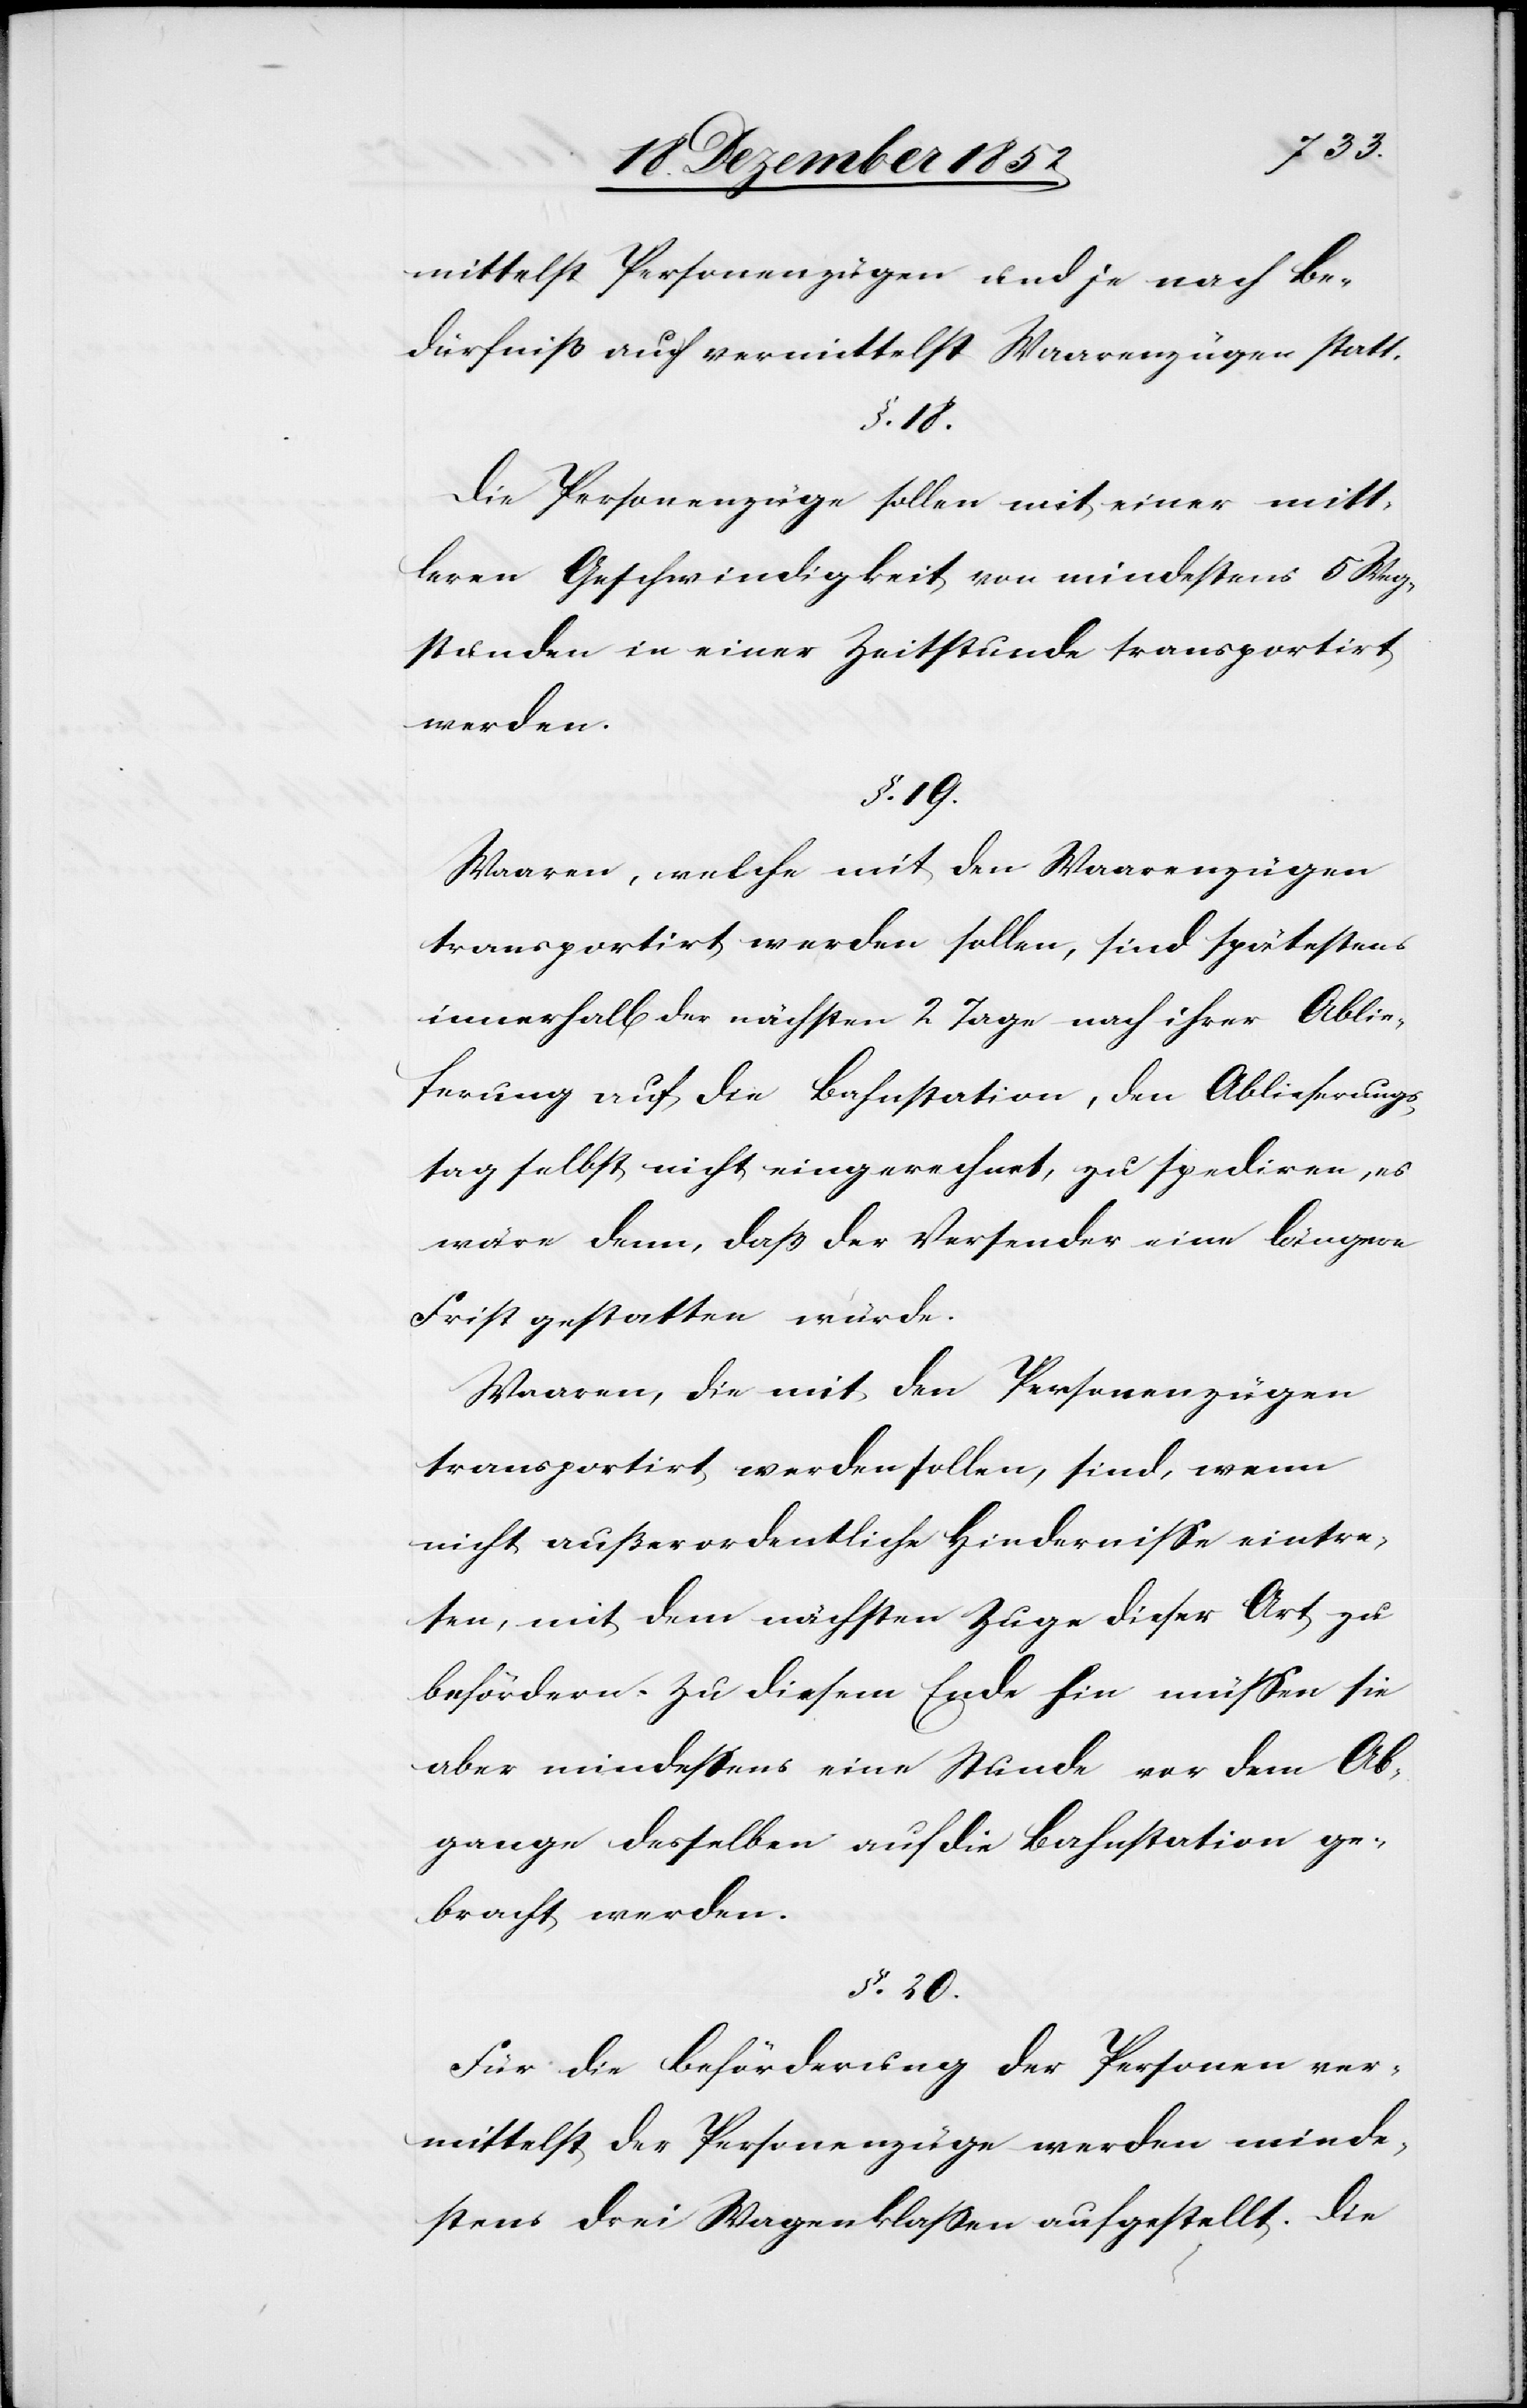
mittelst Personenzügen und je nach Be¬
dürfniß auch vermittelst Waarenzügen statt.
§. 18.
Die Personenzüge sollen mit einer mitt¬
leren Geschwindigkeit von mindestens 5 Weg¬
stunden in einer Zeitstunde transportirt
werden.
§. 19.
Waaren, welche mit den Waarenzügen
transportirt werden sollen, sind spätestens
innerhalb der nächsten 2 Tage nach ihrer Ablie¬
ferung auf die Bahnstation, den Ablieferungs¬
tag selbst nicht eingerechnet, zu spediren, es
wäre denn, daß der Versender eine längere
Frist gestatten würde.
Waaren, die mit den Personenzügen
transportirt werden sollen, sind, wenn
nicht außerordentliche Hindernisse eintre¬
ten, mit dem nächsten Zuge dieser Art zu
befördern. Zu diesem Ende hin müssen sie
aber mindestens eine Stunde vor dem Ab¬
gange desselben auf die Bahnstation ge¬
bracht werden.
§. 20.
Für die Beförderung der Personen ver¬
mittelst der Personenzüge werden minde¬
stens drei Wagenklassen aufgestellt. Die